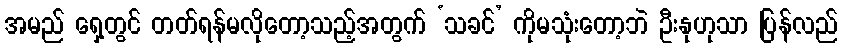
အမည် ရှေ့တွင် တတ်ရန်မလိုတော့သည့်အတွက် ‘သခင်’ ကိုမသုံးတော့ဘဲ ဦးနုဟုသာ ပြန်လည်